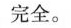
完全。